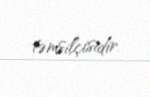
təmsilçisidir.